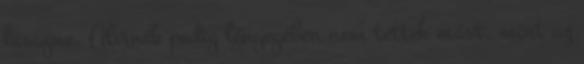
lasagne, Alvinék pedig lényegében nem tettek mást, mint az